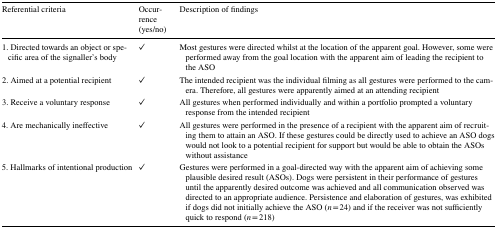
<table><thead><tr><td><b>Referential criteria</b></td><td><b>Occurrence (yes/no)</b></td><td><b>Description of findings</b></td></tr></thead><tbody><tr><td>1. Directed towards an object or specific area of the signaller’s body</td><td>✓</td><td>Most gestures were directed whilst at the location of the apparent goal. However, some were performed away from the goal location with the apparent aim of leading the recipient to the ASO</td></tr><tr><td>2. Aimed at a potential recipient</td><td>✓</td><td>The intended recipient was the individual filming as all gestures were performed to the camera. Therefore, all gestures were apparently aimed at an attending recipient</td></tr><tr><td>3. Receive a voluntary response</td><td>✓</td><td>All gestures when performed individually and within a portfolio prompted a voluntary response from the intended recipient</td></tr><tr><td>4. Are mechanically ineffective</td><td>✓</td><td>All gestures were performed in the presence of a recipient with the apparent aim of recruiting them to attain an ASO. If these gestures could be directly used to achieve an ASO dogs would not look to a potential recipient for support but would be able to obtain the ASOs without assistance</td></tr><tr><td>5. Hallmarks of intentional production</td><td>✓</td><td>Gestures were performed in a goal-directed way with the apparent aim of achieving some plausible desired result (ASOs). Dogs were persistent in their performance of gestures until the apparently desired outcome was achieved and all communication observed was directed to an appropriate audience. Persistence and elaboration of gestures, was exhibited if dogs did not initially achieve the ASO (<i>n</i> = 24) and if the receiver was not sufficiently quick to respond (<i>n</i> = 218)</td></tr></tbody></table>